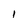
Character: 1